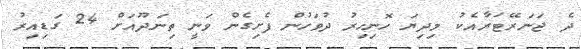
ދެ ޖަނަރޭޓަރާއެކު މިދިޔަ ހޮނިހިރު ދުވަހުން ފެށިގެން ވަނީ ތިނަދޫއަށް 24 ގަޑިއިރު